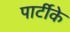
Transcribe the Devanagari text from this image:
पार्टीके